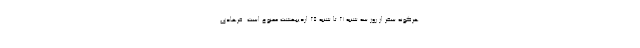
هرگونه سفر از روز سه شنبه ۲۱ تا شنبه ۲۵ اردیبهشت ممنوع است. فرهادی